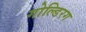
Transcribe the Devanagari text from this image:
गोल्डिरग